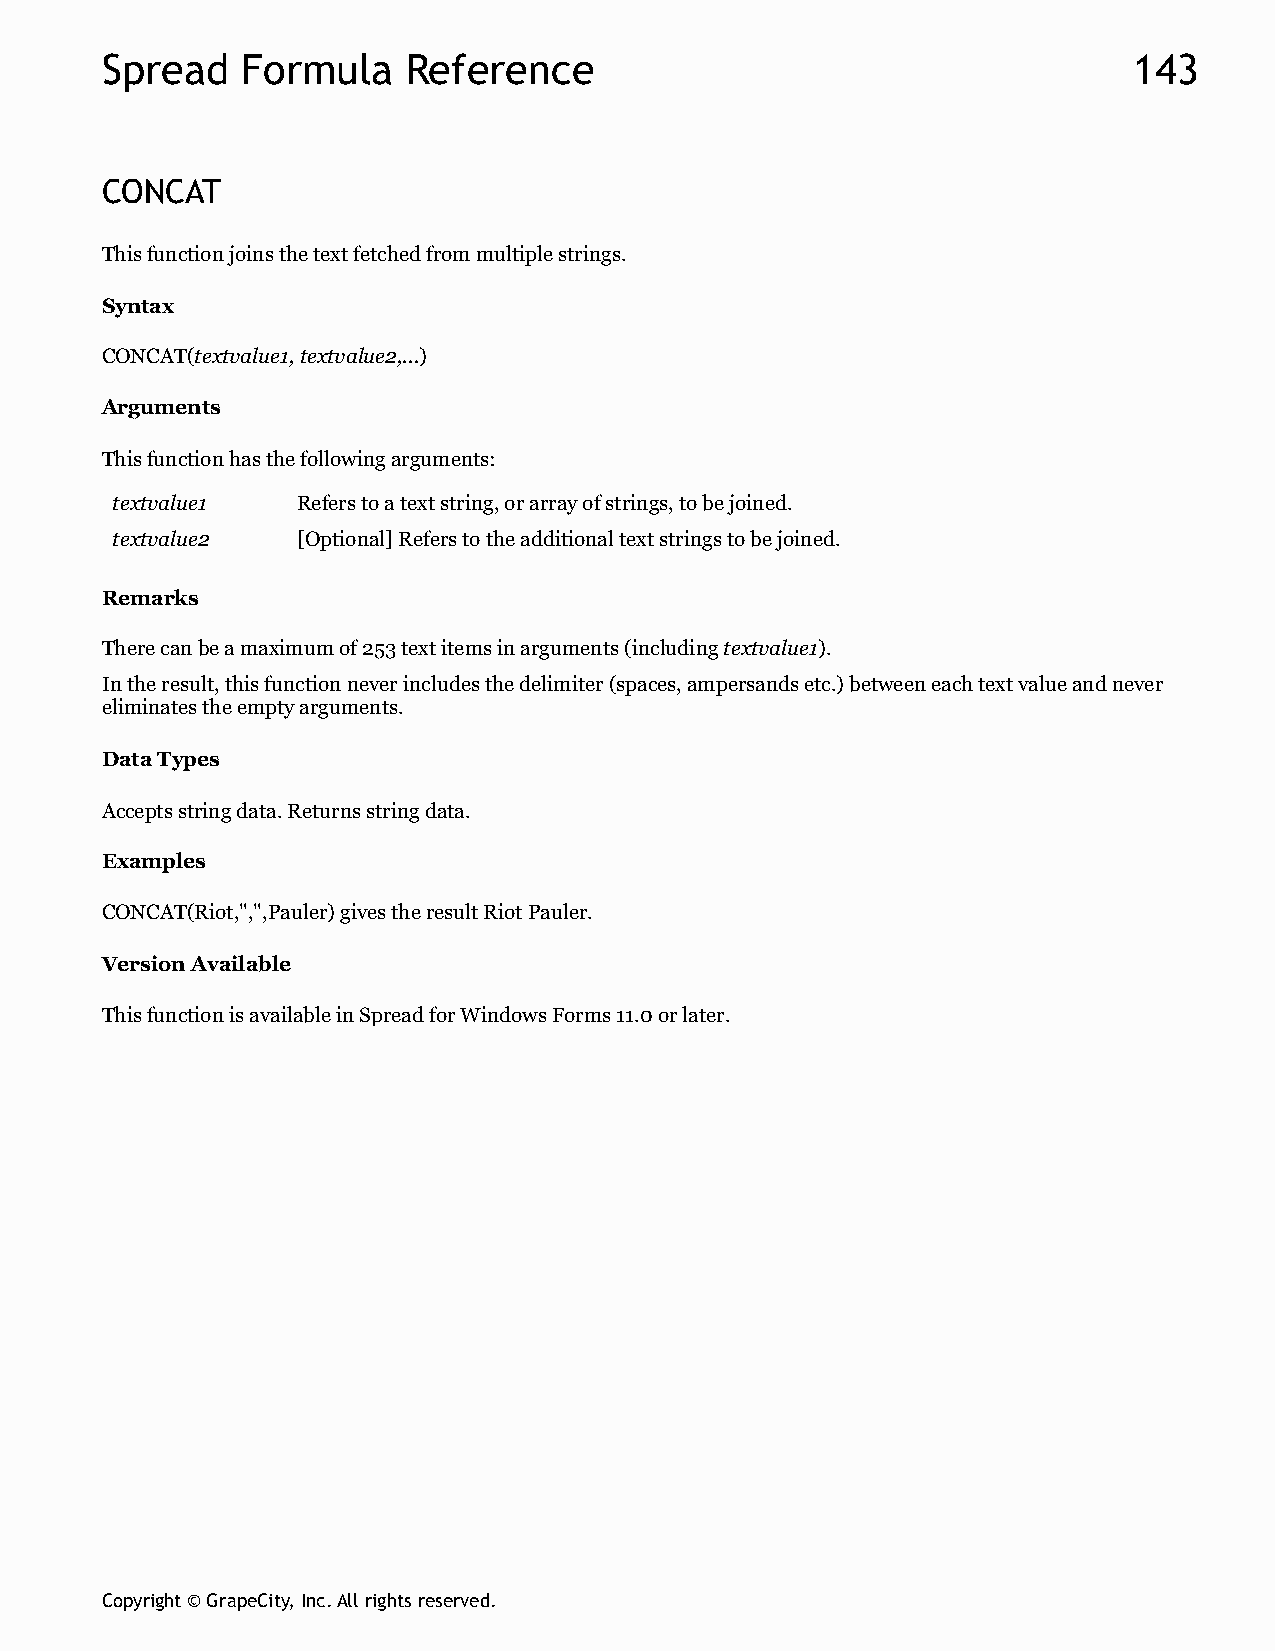
Spread   Formula    Reference                                       143
 CONCAT
 This function joins the text fetched from multiple strings.
 Syntax
 CONCAT(textvalue1, textvalue2,...)
 Arguments
 This function has the following arguments:
 textvalue1   Refers to a text string, or array of strings, to be joined.
 textvalue2   [Optional] Refers to the additional text strings to be joined.
 Remarks
 There can be a maximum of 253 text items in arguments (including textvalue1).
 In the result, this function never includes the delimiter (spaces, ampersands etc.) between each text value and never
 eliminates the empty arguments.
 Data Types
 Accepts string data. Returns string data.
 Examples
 CONCAT(Riot,",",Pauler) gives the result Riot Pauler.
 Version Available
 This function is available in Spread for Windows Forms 11.0 or later.
 Copyright © GrapeCity, Inc. All rights reserved.